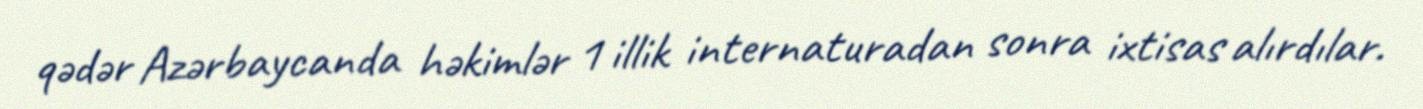
qədər Azərbaycanda həkimlər 1 illik internaturadan sonra ixtisas alırdılar.